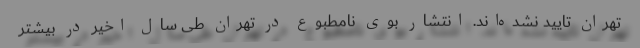
تهران تایید نشده‌اند. انتشار بوی نامطبوع در تهران طی سال اخیر در بیشتر